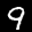
Label: 9